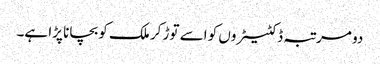
دو مرتبہ ڈکٹیٹروں کو اسے توڑ کر ملک کو بچانا پڑا ہے۔